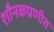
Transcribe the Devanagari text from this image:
शौनकप्रणीत